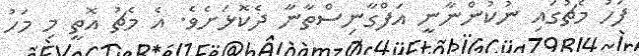
ފަހު މެޗުގައި ނުކުންނާނީ އަފްގާނިސްތާނާ ދެކޮޅަށެވެ. އެ މެޗު އޮތީ މި މަހު